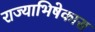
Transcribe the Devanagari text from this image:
राज्याभिषेकास